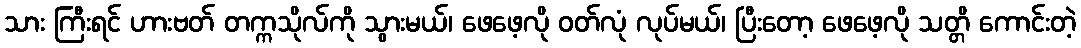
သား ကြီးရင် ဟားဗတ် တက္ကသိုလ်ကို သွားမယ်၊ ဖေဖေ့လို ဝတ်လုံ လုပ်မယ်၊ ပြီးတော့ ဖေဖေ့လို သတ္တိ ကောင်းတဲ့